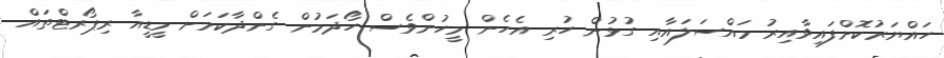
ހައްޔަރުކޮށްފައިވާއިރު މައްސަލައާއި ގުޅުން ހުރި އެހެން މީހުންވެސް ހޯދަމުން ގެންދާކަމަށް މީޑީއާ ރިޕޯރޓްތައް